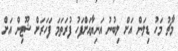
މާޗު މަހު ޑިލަން އަށް ލިބުނު އަނިޔާއަށްފަހު ފުރަތަމަ ފަހަރަށް ޝޫޓިން އަށް